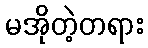
မအိုတဲ့တရား